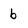
Character: b